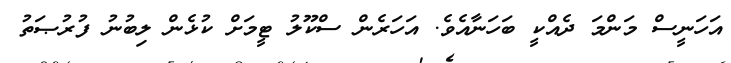
އަހަނީސް މަންމަ ދެއްކީ ބަހަނާއެވެ. އަހަރެން ސްކޫލު ޓީމަށް ކުޅެން ލިބުނު ފުރުޞަތު